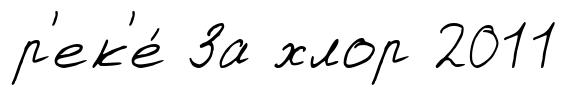
р'ек'е́ За хлор 2011